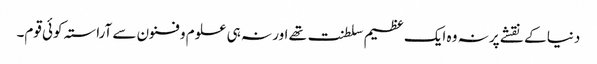
دنیا کے نقشے پر نہ وہ ایک عظیم سلطنت تھے اور نہ ہی علوم و فنون سے آراستہ کوئی قوم۔